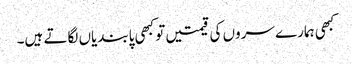
کبھی ہمارے سروں کی قیمتیں تو کبھی پابندیاں لگاتے ہیں۔